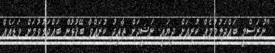
"ނުރަސްމީ ބައްދަލުވުމެއް ކުރިއަށް ދިޔައީ. ނަޝީދަށް ތާއިދު ކުރައްވާ ބޭފުޅުން ބައްދަލުވުމަށް ވަޑައެއް